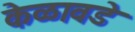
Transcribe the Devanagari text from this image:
केळावडे